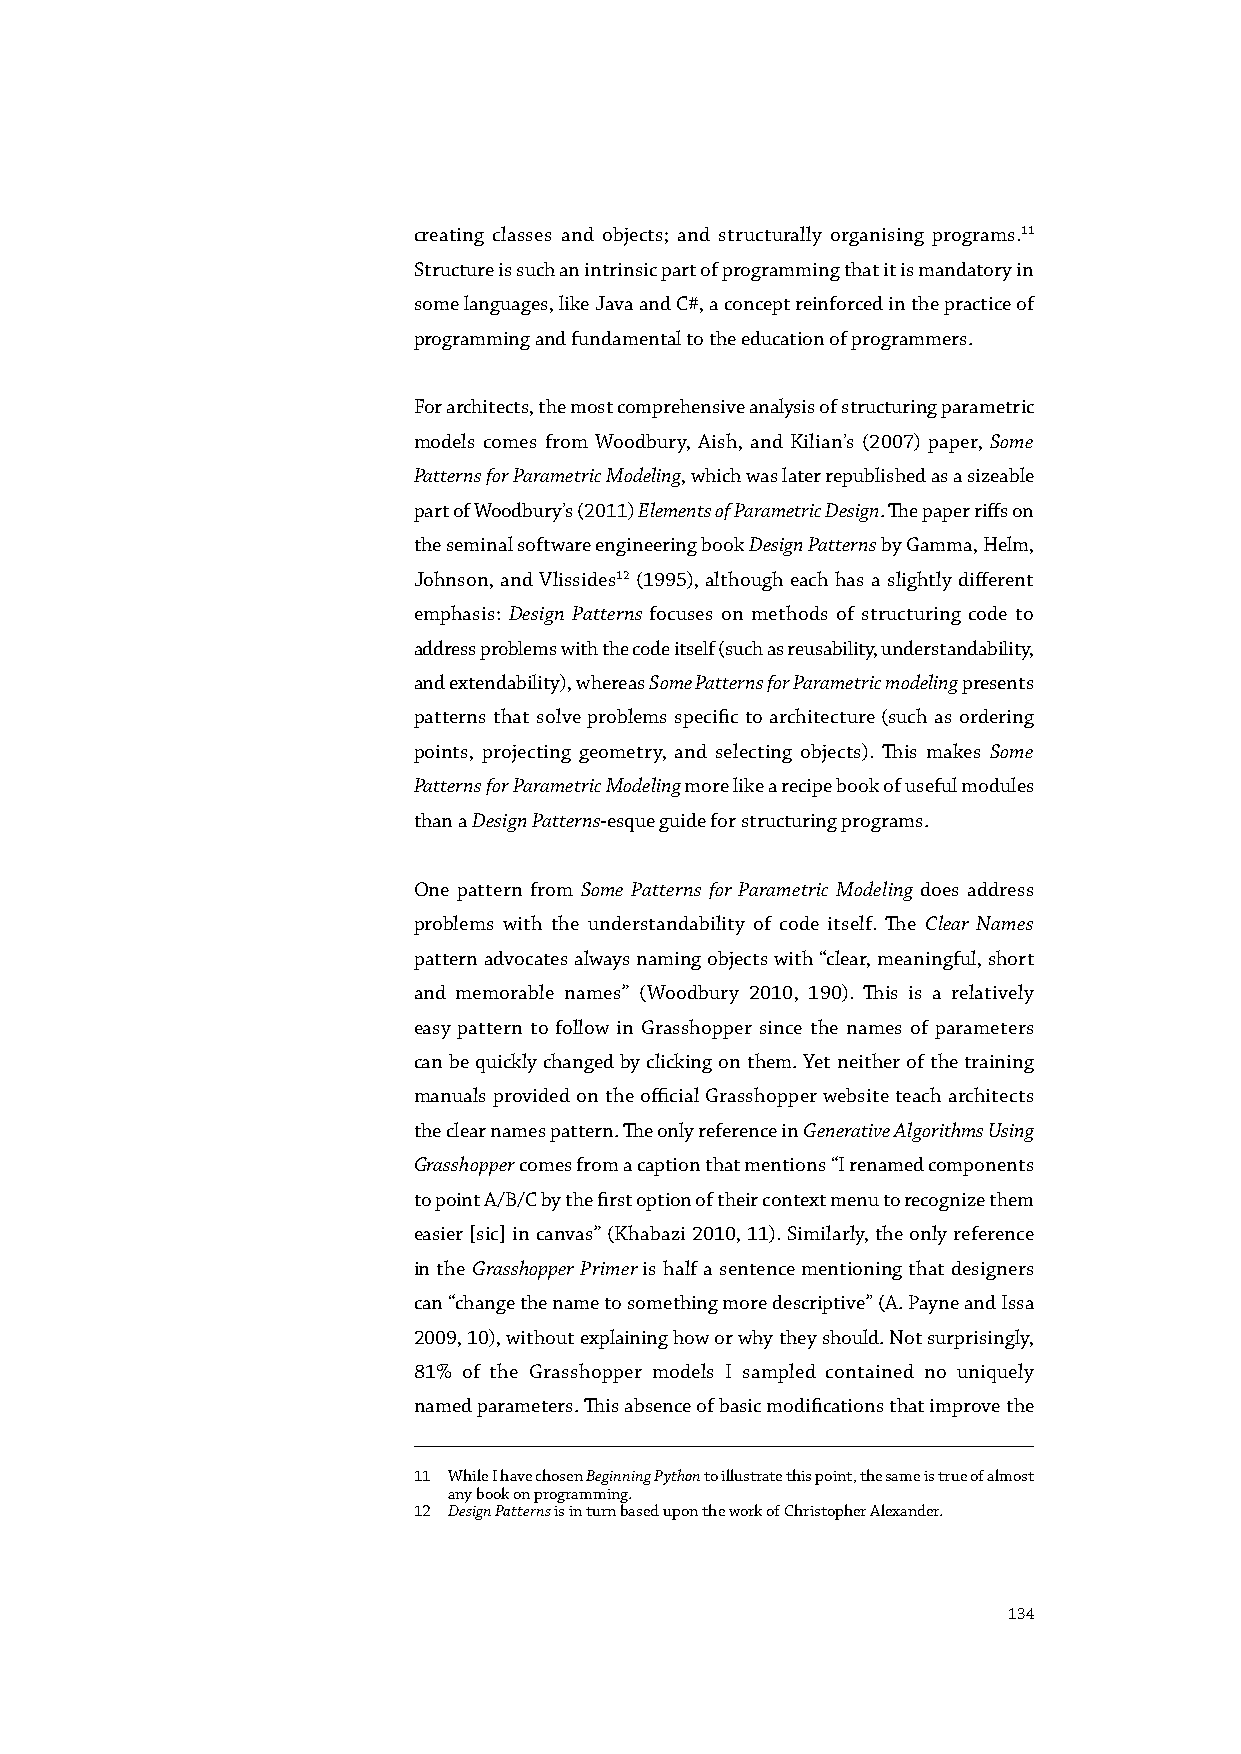
creating classes and objects; and structurally organising programs.11
 Structure is such an intrinsic part of programming that it is mandatory in
 some languages, like Java and C#, a concept reinforced in the practice of
 programming and fundamental to the education of programmers.
 For architects, the most comprehensive analysis of structuring parametric
 models comes from Woodbury, Aish, and Kilian’s (2007) paper, Some
 Patterns for Parametric Modeling, which was later republished as a sizeable
 part of Woodbury’s (2011) Elements of Parametric Design. The paper riffs on
 the seminal software engineering book Design Patterns by Gamma, Helm,
 Johnson, and Vlissides12 (1995), although each has a slightly different
 emphasis: Design Patterns focuses on methods of structuring code to
 address problems with the code itself (such as reusability, understandability,
 and extendability), whereas Some Patterns for Parametric modeling presents
 patterns that solve problems specific to architecture (such as ordering
 points, projecting geometry, and selecting objects). This makes Some
 Patterns for Parametric Modeling more like a recipe book of useful modules
 than a Design Patterns-esque guide for structuring programs.
 One pattern from Some Patterns for Parametric Modeling does address
 problems with the understandability of code itself. The Clear Names
 pattern advocates always naming objects with “clear, meaningful, short
 and memorable names” (Woodbury 2010, 190). This is a relatively
 easy pattern to follow in Grasshopper since the names of parameters
 can be quickly changed by clicking on them. Yet neither of the training
 manuals provided on the official Grasshopper website teach architects
 the clear names pattern. The only reference in Generative Algorithms Using
 Grasshopper comes from a caption that mentions “I renamed components
 to point A/B/C by the first option of their context menu to recognize them
 easier [sic] in canvas” (Khabazi 2010, 11). Similarly, the only reference
 in the Grasshopper Primer is half a sentence mentioning that designers
 can “change the name to something more descriptive” (A. Payne and Issa
 2009, 10), without explaining how or why they should. Not surprisingly,
 81% of the Grasshopper models I sampled contained no uniquely
 named parameters. This absence of basic modifications that improve the
 11 While I have chosen Beginning Python to illustrate this point, the same is true of almost
 any book on programming.
 12 Design Patterns is in turn based upon the work of Christopher Alexander.
 134